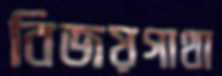
বিজয়গাথা